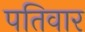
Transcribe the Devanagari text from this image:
पतिवार